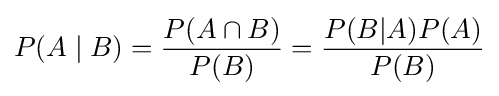
P(A\mid B)={\frac {P(A\cap B)}{P(B)}}={\frac {P(B|A)P(A)}{P(B)}}